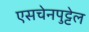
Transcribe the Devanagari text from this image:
एसचेनपुट्टेल